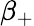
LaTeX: \beta_{+}